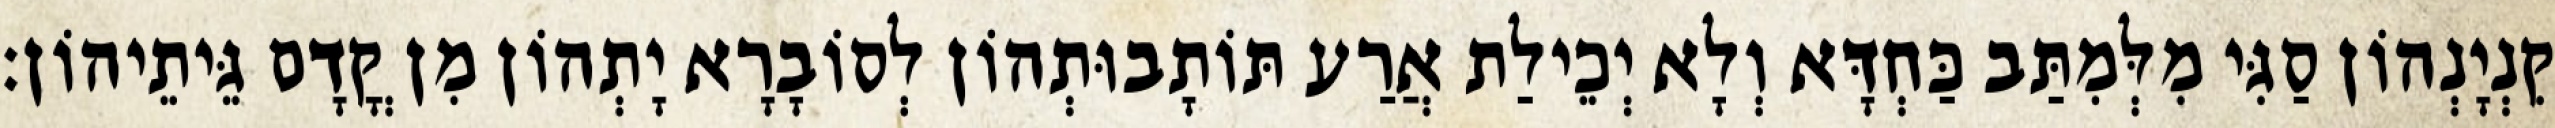
קִנְיָנְהוֹן סַגִּי מִלְּמִתַּב כַּחְדָּא וְלָא יְכֵילַת אֲרַע תּוֹתָבוּתְהוֹן לְסוֹבָרָא יָתְהוֹן מִן קֳדָם גֵּיתֵיהוֹן׃